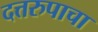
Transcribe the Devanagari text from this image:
दत्तरुपाचा